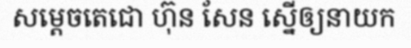
សម្តេចតេជោ ហ៊ុន សែន ស្នើឲ្យនាយក